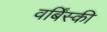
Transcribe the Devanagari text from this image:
वर्बिंस्की